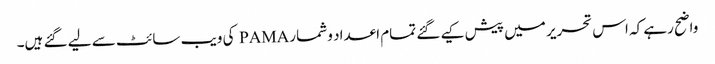
واضح رہے کہ اس تحریر میں پیش کیے گئے تمام اعداد و شمار PAMA کی ویب سائٹ سے لیے گئے ہیں۔